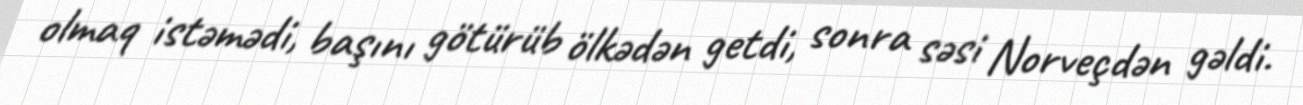
olmaq istəmədi, başını götürüb ölkədən getdi, sonra səsi Norveçdən gəldi.